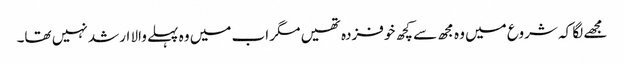
مجھے لگا کہ شروع میں وہ مجھ سے کچھ خوفزدہ تھیں مگر اب میں وہ پہلے والا ارشد نہیں تھا۔